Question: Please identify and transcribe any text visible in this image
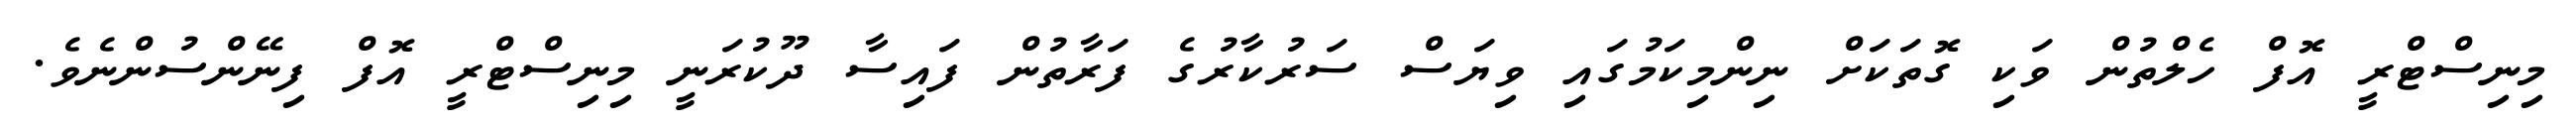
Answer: މިނިސްޓްރީ އޮފް ހެލްތުން ވަކި ގޮތަކަށް ނިންމިކަމުގައި ވިޔަސް ސަރުކާރުގެ ފަރާތުން ފައިސާ ދޫކުރަނީ މިނިސްޓްރީ އޮފް ފިނޭންސުންނެވެ.